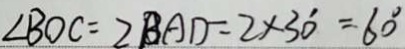
\angle B O C = 2 B A D = 2 \times 3 0 ^ { \circ } = 6 0 ^ { \circ }